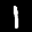
Label: 1